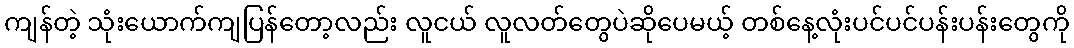
ကျန်တဲ့ သုံးယောက်ကျပြန်တော့လည်း လူငယ် လူလတ်တွေပဲဆိုပေမယ့် တစ်နေ့လုံးပင်ပင်ပန်းပန်းတွေကို